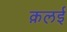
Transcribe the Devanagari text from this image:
क़लई